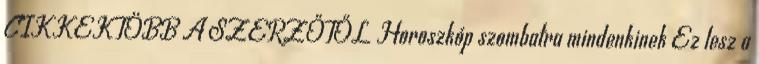
CIKKEKTÖBB A SZERZŐTŐL Horoszkóp szombatra mindenkinek Ez lesz a